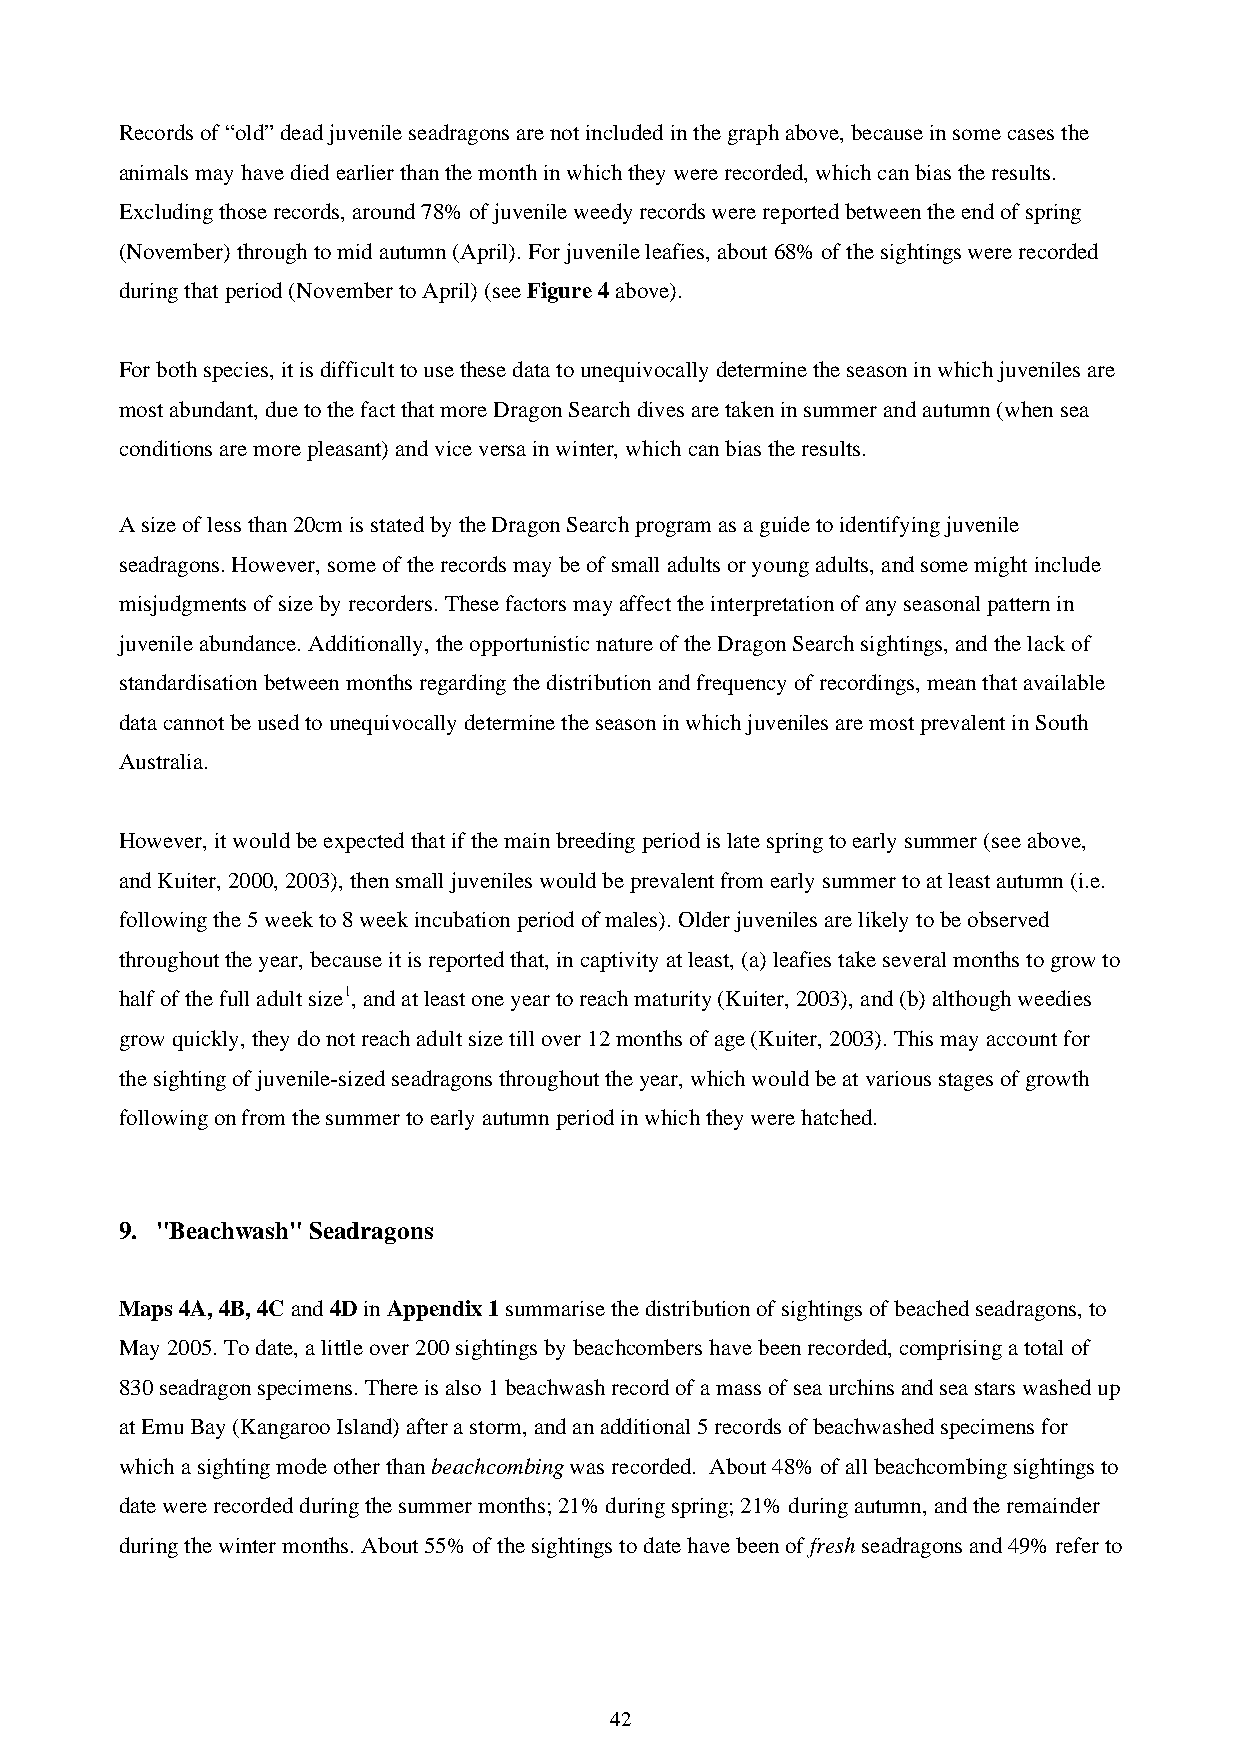
Records of “old” dead juvenile seadragons are not included in the graph above, because in some cases the
 animals may have died earlier than the month in which they were recorded, which can bias the results.
 Excluding those records, around 78% of juvenile weedy records were reported between the end of spring
 (November) through to mid autumn (April). For juvenile leafies, about 68% of the sightings were recorded
 during that period (November to April) (see Figure 4 above).
 For both species, it is difficult to use these data to unequivocally determine the season in which juveniles are
 most abundant, due to the fact that more Dragon Search dives are taken in summer and autumn (when sea
 conditions are more pleasant) and vice versa in winter, which can bias the results.
 A size of less than 20cm is stated by the Dragon Search program as a guide to identifying juvenile
 seadragons. However, some of the records may be of small adults or young adults, and some might include
 misjudgments of size by recorders. These factors may affect the interpretation of any seasonal pattern in
 juvenile abundance. Additionally, the opportunistic nature of the Dragon Search sightings, and the lack of
 standardisation between months regarding the distribution and frequency of recordings, mean that available
 data cannot be used to unequivocally determine the season in which juveniles are most prevalent in South
 Australia.
 However, it would be expected that if the main breeding period is late spring to early summer (see above,
 and Kuiter, 2000, 2003), then small juveniles would be prevalent from early summer to at least autumn (i.e.
 following the 5 week to 8 week incubation period of males). Older juveniles are likely to be observed
 throughout the year, because it is reported that, in captivity at least, (a) leafies take several months to grow to
 half of the full adult size1, and at least one year to reach maturity (Kuiter, 2003), and (b) although weedies
 grow quickly, they do not reach adult size till over 12 months of age (Kuiter, 2003). This may account for
 the sighting of juvenile-sized seadragons throughout the year, which would be at various stages of growth
 following on from the summer to early autumn period in which they were hatched.
 9. "Beachwash" Seadragons
 Maps 4A, 4B, 4C and 4D in Appendix 1 summarise the distribution of sightings of beached seadragons, to
 May 2005. To date, a little over 200 sightings by beachcombers have been recorded, comprising a total of
 830 seadragon specimens. There is also 1 beachwash record of a mass of sea urchins and sea stars washed up
 at Emu Bay (Kangaroo Island) after a storm, and an additional 5 records of beachwashed specimens for
 which a sighting mode other than beachcombing was recorded. About 48% of all beachcombing sightings to
 date were recorded during the summer months; 21% during spring; 21% during autumn, and the remainder
 during the winter months. About 55% of the sightings to date have been of fresh seadragons and 49% refer to
 42